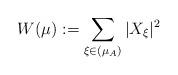
LaTeX: \begin{align*} W(\mu):= \sum_{ \xi \in (\mu_A)} |X_{\xi}|^2 \end{align*}